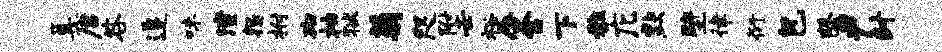
篝唐咎追味潼怨拊砌柚狱菊咫附壬裕唇舍下雅庀默壁律衍包罄尹封